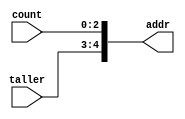
module concat( count, taller, addr );
  
  input [2:0] count;
  input [1:0] taller;
  output [4:0] addr;
  
  assign addr = {taller, count};

endmodule